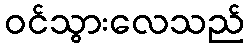
ဝင်သွားလေသည်